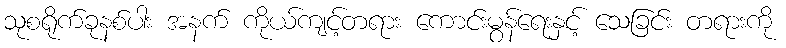
သုစရိုက်ခုနစ်ပါး အနက် ကိုယ်ကျင့်တရား ကောင်းမွန်ရေးနှင့် သေခြင်း တရားကို